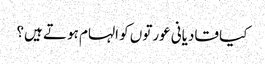
کیا قادیانی عورتوں کو الہام ہوتے ہیں؟